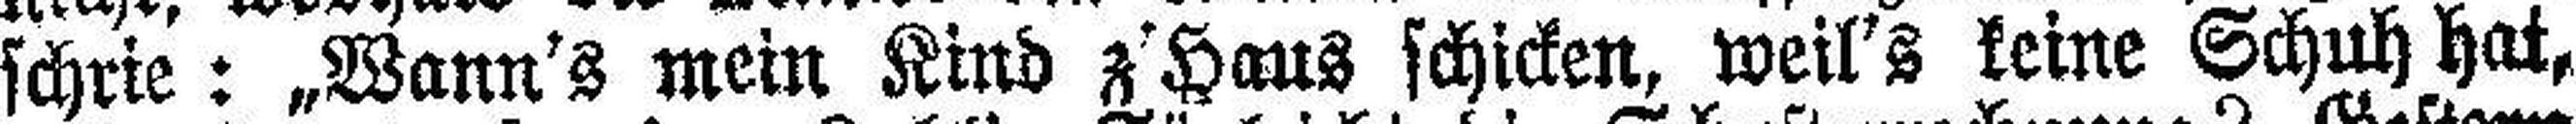
schrie: „Wann's mein Kind z'Haus schicken, weil's keine Schuh hat,